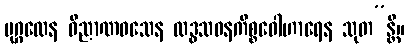
ပုဂ္ဂလေန ဝိညာဏဝသေန လဒ္ဓသဝနကိစ္စဝေါဟာရေန သုတ”န္တိ။